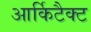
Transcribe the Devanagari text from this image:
आर्किटैक्ट